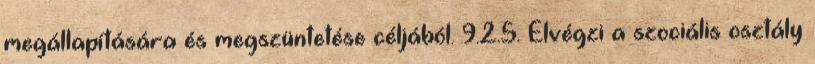
megállapítására és megszüntetése céljából. 9.2.5. Elvégzi a szociális osztály